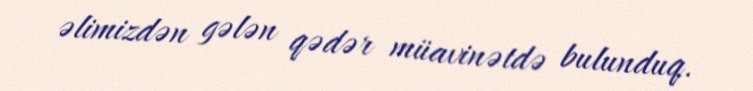
əlimizdən gələn qədər müavinətdə bulunduq.